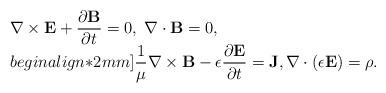
LaTeX: \begin{align*}\begin{array}{lll}{\displaystyle \nabla \times \mathbf{E}+\frac{\partial \mathbf{B}}{\partial t}=0, \;\nabla\cdot\mathbf{B} = 0 , }\\begin{align*}2mm]{\displaystyle \frac{1}{{\mu}}\nabla \times \mathbf{B} - \epsilon\frac{\partial \mathbf{E}}{\partial t}=\mathbf{J}, \nabla\cdot(\epsilon \mathbf{E}) = \rho.}\end{array}\end{align*}